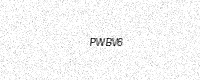
Text: PWBV6